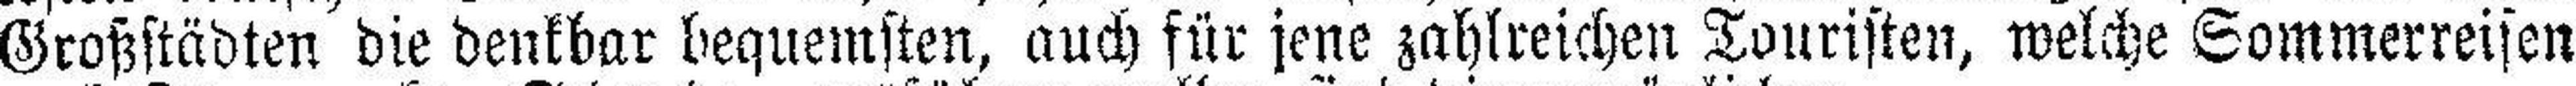
Großstädten die denkbar bequemsten, auch für jene zahlreichen Touristen, welche Sommerreisen